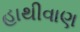
હાથીવાણ